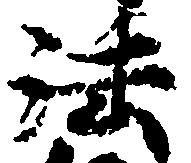
法